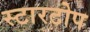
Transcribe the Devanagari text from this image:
स्टारटोप